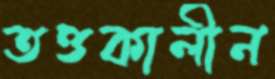
তত্তকালীন